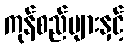
ကုန်စည်များနှင့်